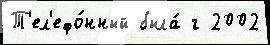
Т'ел'ефо́нный была́ г 2002